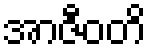
အာဇီဝတိ